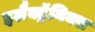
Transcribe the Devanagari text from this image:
इलैक्ट्रॅनिक्स